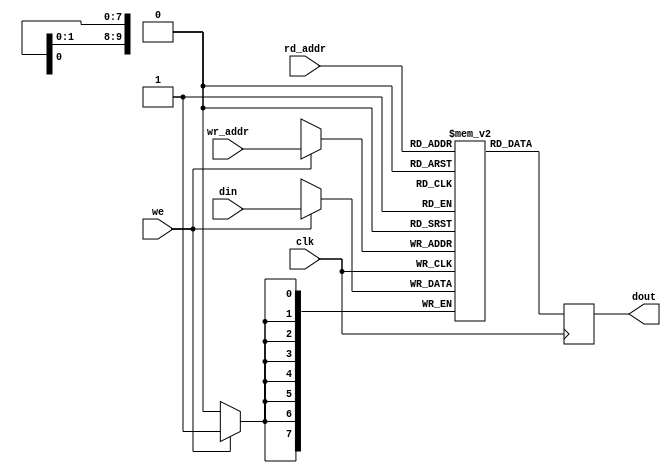
/*  This file is part of JTFRAME.
    JTFRAME program is free software: you can redistribute it and/or modify
    it under the terms of the GNU General Public License as published by
    the Free Software Foundation, either version 3 of the License, or
    (at your option) any later version.

    JTFRAME program is distributed in the hope that it will be useful,
    but WITHOUT ANY WARRANTY; without even the implied warranty of
    MERCHANTABILITY or FITNESS FOR A PARTICULAR PURPOSE.  See the
    GNU General Public License for more details.

    You should have received a copy of the GNU General Public License
    along with JTFRAME.  If not, see <http://www.gnu.org/licenses/>.

    Author: Jose Tejada Gomez. Twitter: @topapate
    Version: 1.0
    Date: 27-10-2017 */

// Generic read/write dual port RAM with clock enable
// parameters:
//      DW      => Data bit width, 8 for byte-based memories
//      AW      => Address bit width, 10 for 1kB
// Using jtframe_dual_ram instead of this one fails to infer
// MLAB RAM (at least in MiSTer)
// This coding style gets the memory inferred correctly

module jtframe_rpwp_ram #(parameter DW=8, AW=10)(
    input               clk,
    // Read Port
    input      [AW-1:0] rd_addr,
    output reg [DW-1:0] dout,
    // Write Port
    input      [AW-1:0] wr_addr,
    input      [DW-1:0] din,
    input      we
);

(* ramstyle = "no_rw_check, m9k" *) reg [DW-1:0] mem[0:(2**AW)-1];

always @(posedge clk) begin
    if( we ) mem[wr_addr] <= din;
    dout <= mem[rd_addr];
end

endmodule